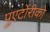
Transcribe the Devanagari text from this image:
पुएर्टोरीको